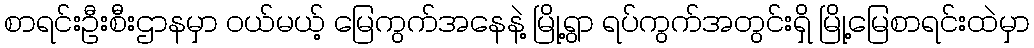
စာရင်းဦးစီးဌာနမှာ ဝယ်မယ့် မြေကွက်အနေနဲ့ မြို့ရွာ ရပ်ကွက်အတွင်းရှိ မြို့မြေစာရင်းထဲမှာ